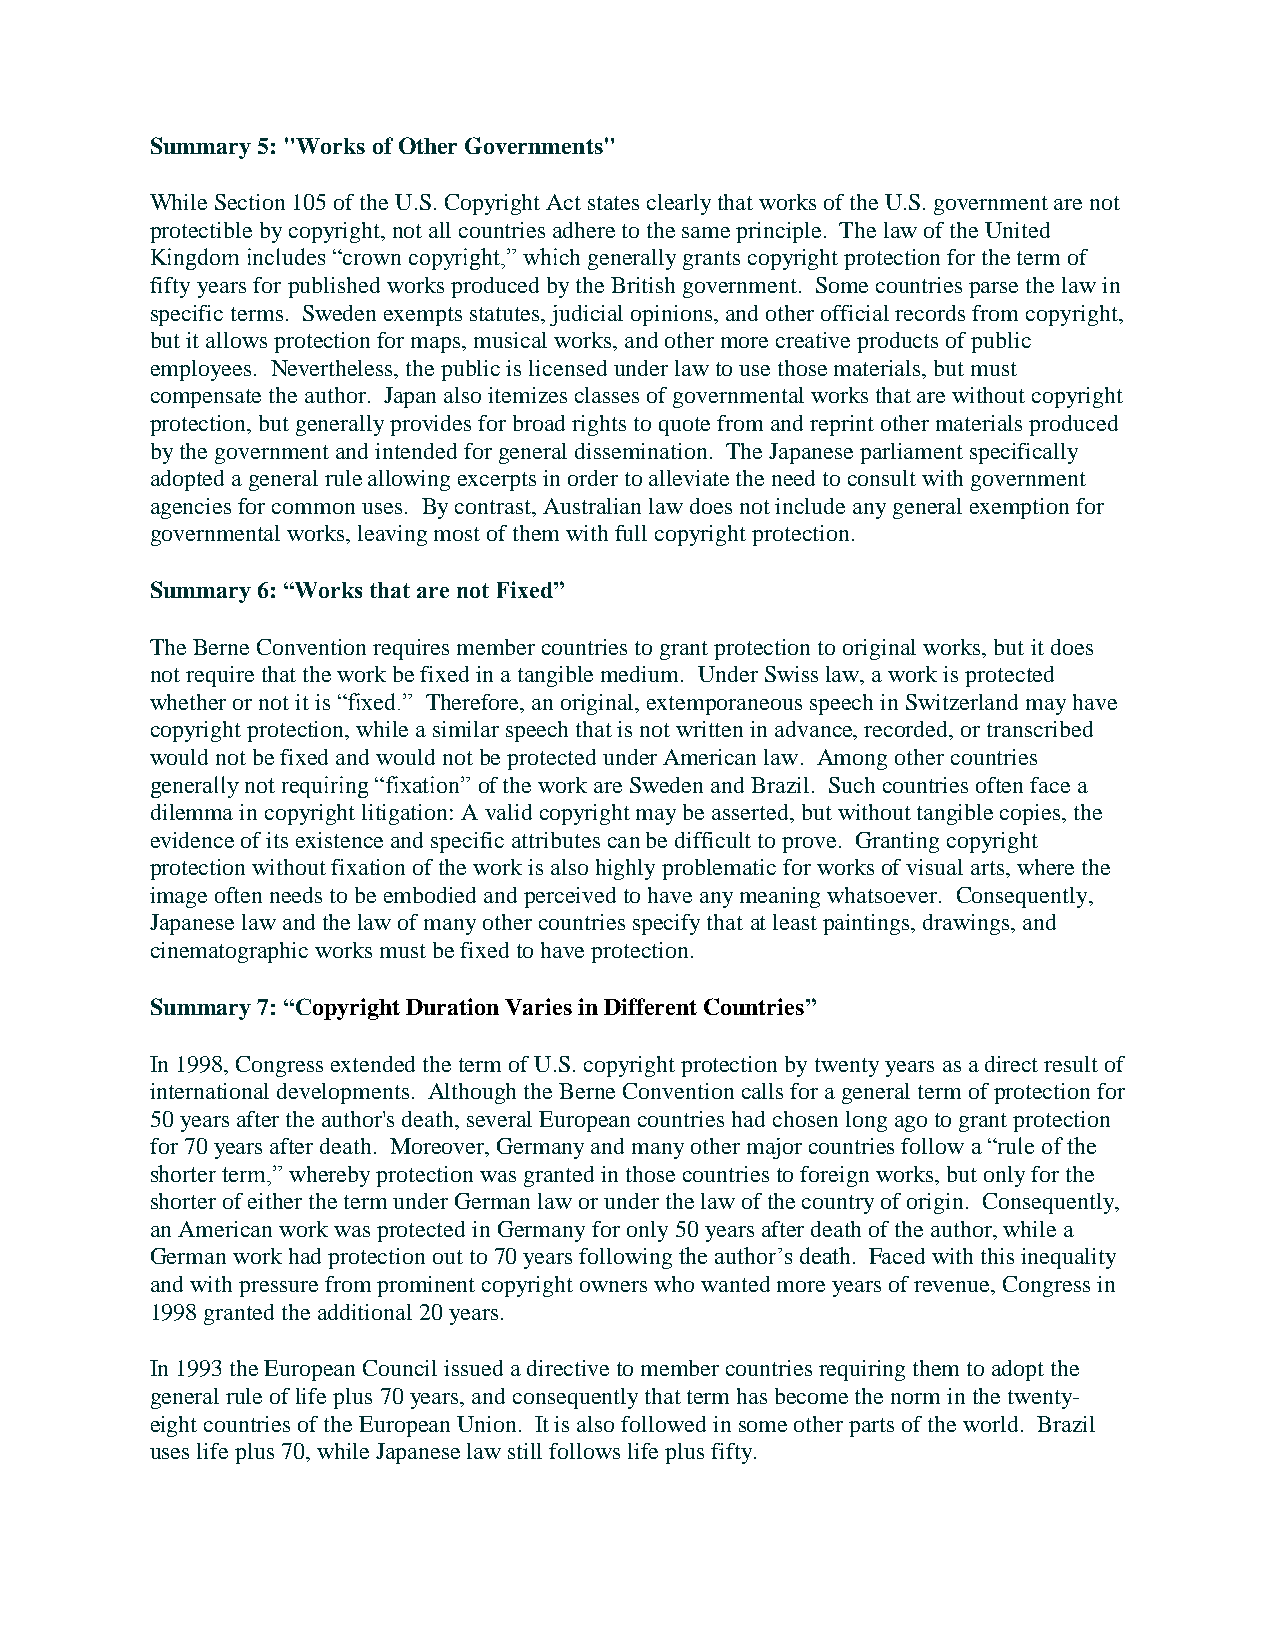
Summary 5: "Works of Other Governments"
 While Section 105 of the U.S. Copyright Act states clearly that works of the U.S. government are not
 protectible by copyright, not all countries adhere to the same principle. The law of the United
 Kingdom includes “crown copyright,” which generally grants copyright protection for the term of
 fifty years for published works produced by the British government. Some countries parse the law in
 specific terms. Sweden exempts statutes, judicial opinions, and other official records from copyright,
 but it allows protection for maps, musical works, and other more creative products of public
 employees. Nevertheless, the public is licensed under law to use those materials, but must
 compensate the author. Japan also itemizes classes of governmental works that are without copyright
 protection, but generally provides for broad rights to quote from and reprint other materials produced
 by the government and intended for general dissemination. The Japanese parliament specifically
 adopted a general rule allowing excerpts in order to alleviate the need to consult with government
 agencies for common uses. By contrast, Australian law does not include any general exemption for
 governmental works, leaving most of them with full copyright protection.
 Summary 6: “Works that are not Fixed”
 The Berne Convention requires member countries to grant protection to original works, but it does
 not require that the work be fixed in a tangible medium. Under Swiss law, a work is protected
 whether or not it is “fixed.” Therefore, an original, extemporaneous speech in Switzerland may have
 copyright protection, while a similar speech that is not written in advance, recorded, or transcribed
 would not be fixed and would not be protected under American law. Among other countries
 generally not requiring “fixation” of the work are Sweden and Brazil. Such countries often face a
 dilemma in copyright litigation: A valid copyright may be asserted, but without tangible copies, the
 evidence of its existence and specific attributes can be difficult to prove. Granting copyright
 protection without fixation of the work is also highly problematic for works of visual arts, where the
 image often needs to be embodied and perceived to have any meaning whatsoever. Consequently,
 Japanese law and the law of many other countries specify that at least paintings, drawings, and
 cinematographic works must be fixed to have protection.
 Summary 7: “Copyright Duration Varies in Different Countries”
 In 1998, Congress extended the term of U.S. copyright protection by twenty years as a direct result of
 international developments. Although the Berne Convention calls for a general term of protection for
 50 years after the author's death, several European countries had chosen long ago to grant protection
 for 70 years after death. Moreover, Germany and many other major countries follow a “rule of the
 shorter term,” whereby protection was granted in those countries to foreign works, but only for the
 shorter of either the term under German law or under the law of the country of origin. Consequently,
 an American work was protected in Germany for only 50 years after death of the author, while a
 German work had protection out to 70 years following the author’s death. Faced with this inequality
 and with pressure from prominent copyright owners who wanted more years of revenue, Congress in
 1998 granted the additional 20 years.
 In 1993 the European Council issued a directive to member countries requiring them to adopt the
 general rule of life plus 70 years, and consequently that term has become the norm in the twenty-
 eight countries of the European Union. It is also followed in some other parts of the world. Brazil
 uses life plus 70, while Japanese law still follows life plus fifty.